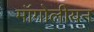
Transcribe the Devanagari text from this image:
मॉंगोलीयन